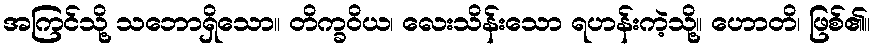
အကြင်သို့ သဘောရှိသော။ တိက္ခဝိယ၊ လေးသိန်းသော ရဟန်းကဲ့သို့။ ဟောတိ၊ ဖြစ်၏။